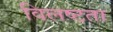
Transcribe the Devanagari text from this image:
विलष्टता